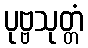
ပုဗ္ဗသုတ္တံ